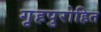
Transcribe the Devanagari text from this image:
गृहपुरोहित